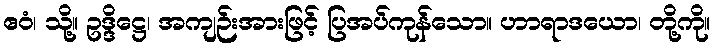
ဧဝံ၊ သို့။ ဥဒ္ဒိဋ္ဌေ၊ အကျဉ်းအားဖြင့် ပြအပ်ကုန်သော။ ဟာရာဒယော၊ တို့ကို။